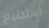
أستطيع